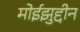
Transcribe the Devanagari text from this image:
मोईझुद्दीन